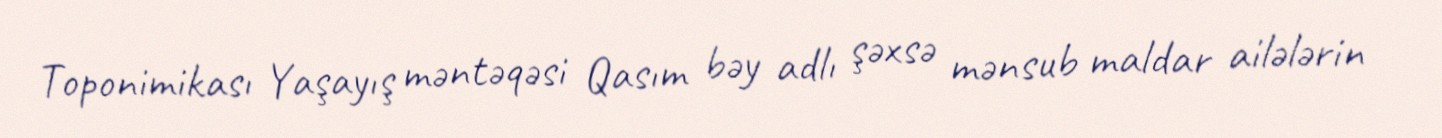
Toponimikası Yaşayış məntəqəsi Qasım bəy adlı şəxsə mənsub maldar ailələrin